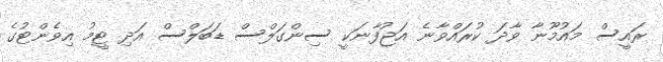
ރައީސް މައުމޫނާ ވާދަ ކުރައްވާނެ އަޖުފާނަކީ ސިންގަލްސް ޑަބަލްސް އަދި ޓީމު އިވެންޓުގެ